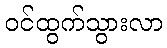
ဝင်ထွက်သွားလာ